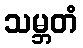
သမ္ဘတံ